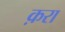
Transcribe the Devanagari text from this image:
क़रा